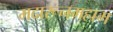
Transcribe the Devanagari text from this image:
मदारूनमहाम